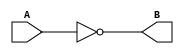
module myModule(A, B);
   input wire A;
   output wire B;
   assign B = !A;
endmodule